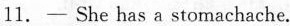
11. - She has a stomachache.